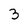
Character: 3